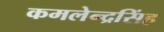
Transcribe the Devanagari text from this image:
कमलेन्द्रसिंह